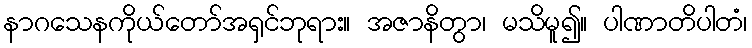
နာဂသေနကိုယ်တော်အရှင်ဘုရား။ အဇာနိတွာ၊ မသိမူ၍။ ပါဏာတိပါတံ၊